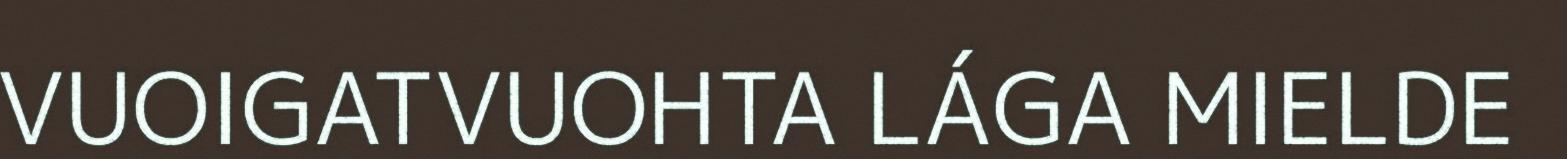
VUOIGATVUOHTA LÁGA MIELDE